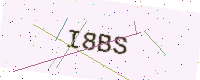
Text: I8BS